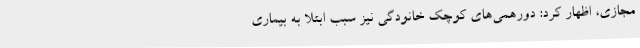
مجازی، اظهار کرد: دورهمی‌های کوچک خانودگی نیز سبب ابتلا به بیماری